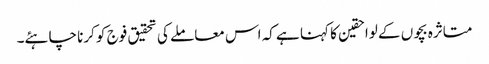
متاثرہ بچوں کے لواحقین کا کہنا ہے کہ اس معاملے کی تحقیق فوج کو کرنا چاہئے۔